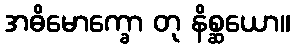
အဓိမောက္ခော တု နိစ္ဆယော။